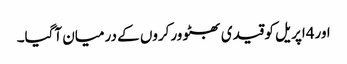
اور4اپریل کو قیدی بھٹو ورکروں کے درمیان آگیا۔